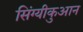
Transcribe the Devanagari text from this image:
सिंग्यीकुआन